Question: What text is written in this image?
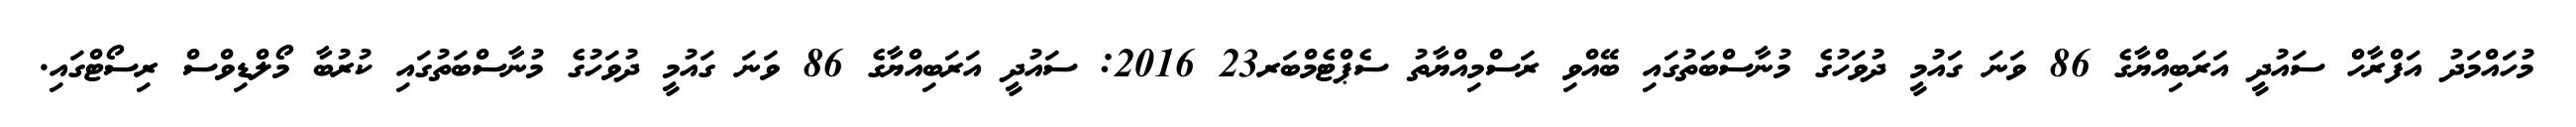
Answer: މުހައްމަދު އަފްރާހް ސައުދީ އަރަބިއްޔާގެ 86 ވަނަ ގައުމީ ދުވަހުގެ މުނާސްބަތުގައި ބޭއްވި ރަސްމިއްޔާތު ސެޕްޓެމްބަރ23 2016: ސައުދީ އަރަބިއްޔާގެ 86 ވަނަ ގައުމީ ދުވަހުގެ މުނާސްބަތުގައި ކުރުބާ މޯލްޑިވްސް ރިސޯޓްގައި.